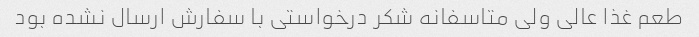
طعم غذا عالی ولی متاسفانه شکر درخواستی با سفارش ارسال نشده بود